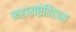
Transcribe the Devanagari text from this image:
महाराष्ट्रेतिहास